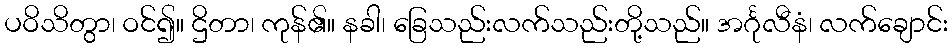
ပဝိသိတွာ၊ ဝင်၍။ ဌိတာ၊ ကုန်၏။ နခါ၊ ခြေသည်းလက်သည်းတို့သည်။ အင်္ဂုလီနံ၊ လက်ချောင်း